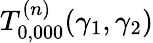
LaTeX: T_{0,000}^{(n)}(\gamma_{1},\gamma_{2})